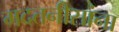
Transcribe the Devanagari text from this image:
मदतनीसांना